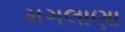
મગલાણા